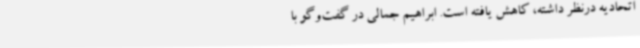
اتحادیه درنظر داشته، کاهش یافته است. ابراهیم جمالی در گفت‌وگو با